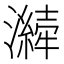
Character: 𤂁